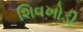
શિવખોડી